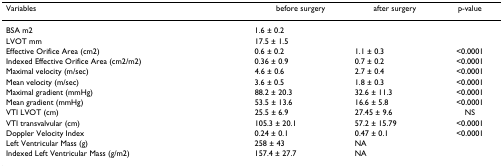
<table><thead><tr><td><b>Variables</b></td><td><b>before surgery</b></td><td><b>after surgery</b></td><td><b>p-value</b></td></tr></thead><tbody><tr><td>BSA m2</td><td>1.6 ± 0.2</td><td></td><td></td></tr><tr><td>LVOT mm</td><td>17.5 ± 1.5</td><td></td><td></td></tr><tr><td>Effective Orifice Area (cm2)</td><td>0.6 ± 0.2</td><td>1.1 ± 0.3</td><td>&lt;0.0001</td></tr><tr><td>Indexed Effective Orifice Area (cm2/m2)</td><td>0.36 ± 0.9</td><td>0.7 ± 0.2</td><td>&lt;0.0001</td></tr><tr><td>Maximal velocity (m/sec)</td><td>4.6 ± 0.6</td><td>2.7 ± 0.4</td><td>&lt;0.0001</td></tr><tr><td>Mean velocity (m/sec)</td><td>3.6 ± 0.5</td><td>1.8 ± 0.3</td><td>&lt;0.0001</td></tr><tr><td>Maximal gradient (mmHg)</td><td>88.2 ± 20.3</td><td>32.6 ± 11.3</td><td>&lt;0.0001</td></tr><tr><td>Mean gradient (mmHg)</td><td>53.5 ± 13.6</td><td>16.6 ± 5.8</td><td>&lt;0.0001</td></tr><tr><td>VTI LVOT (cm)</td><td>25.5 ± 6.9</td><td>27.45 ± 9.6</td><td>NS</td></tr><tr><td>VTI transvalvular (cm)</td><td>105.3 ± 20.1</td><td>57.2 ± 15.79</td><td>&lt;0.0001</td></tr><tr><td>Doppler Velocity Index</td><td>0.24 ± 0.1</td><td>0.47 ± 0.1</td><td>&lt;0.0001</td></tr><tr><td>Left Ventricular Mass (g)</td><td>258 ± 43</td><td>NA</td><td></td></tr><tr><td>Indexed Left Ventricular Mass (g/m2)</td><td>157.4 ± 27.7</td><td>NA</td><td></td></tr></tbody></table>